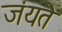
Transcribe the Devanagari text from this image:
जंयते